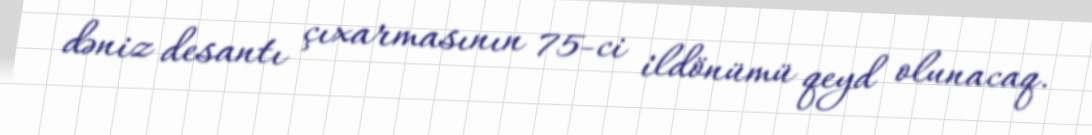
dəniz desantı çıxarmasının 75-ci ildönümü qeyd olunacaq.